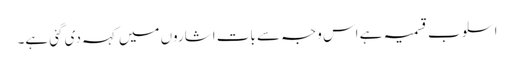
اسلوب قسمیہ ہے اس وجہ سے بات اشاروں میں کہہ دی گئی ہے۔